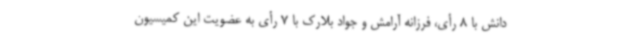
دانش با 8 رأی، فرزانه آرامش و جواد بلارک با 7 رأی به عضویت این کمیسیون